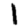
Digit: 1